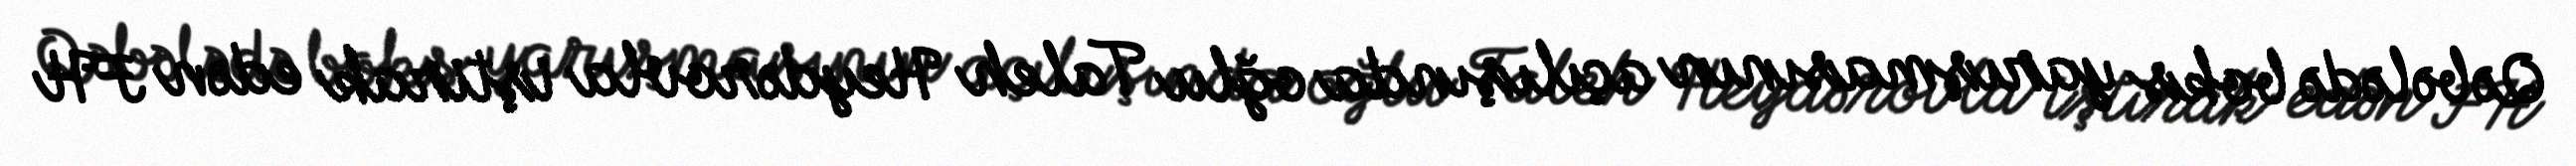
Qəbələdə boks yarışmasının açılışında oğlu Taleh Heydərovla iştirak edən FH